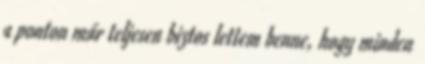
a ponton már teljesen biztos lettem benne, hogy minden